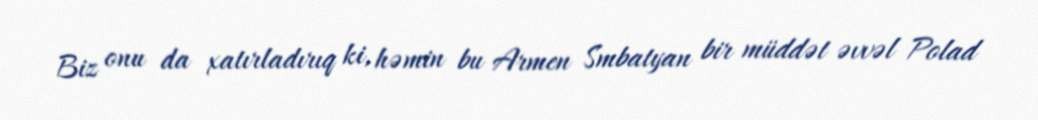
Biz onu da xatırladırıq ki, həmin bu Armen Smbatyan bir müddət əvvəl Polad